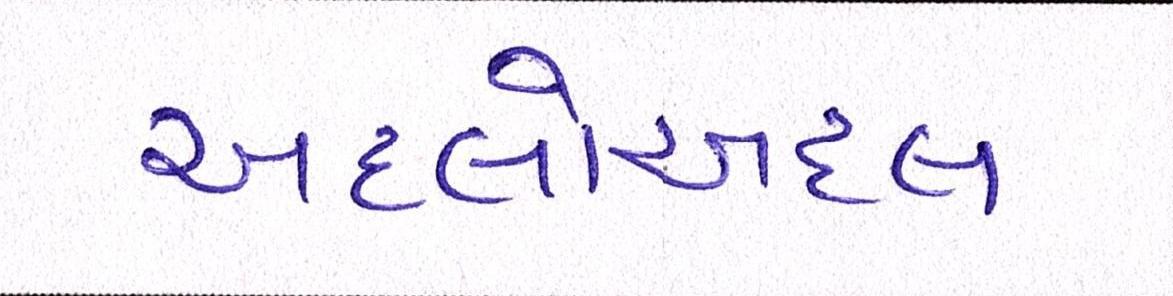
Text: અદલોઅદલ